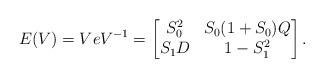
LaTeX: \begin{align*} E(V)=VeV^{-1} = \begin{bmatrix} S_0^2 & S_0(1+S_0)Q \\S_1D &1-S_1^2 \end{bmatrix}.\end{align*}